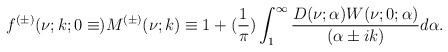
LaTeX: \begin{align*}f^{(\pm)}(\nu;k;0\equiv)M^{(\pm)}(\nu;k)\equiv 1+(\frac{1}{\pi})\int_{1}^{\infty}\frac{D(\nu;\alpha)W(\nu;0;\alpha)}{(\alpha\pm ik)} d\alpha.\end{align*}